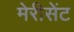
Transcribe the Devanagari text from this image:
मेरीसेंट